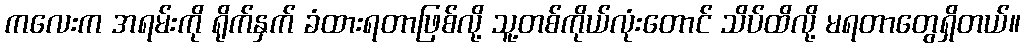
ကလေးက အရမ်းကို ရိုက်နှက် ခံထားရတာဖြစ်လို့ သူ့တစ်ကိုယ်လုံးတောင် သိပ်ထိလို့ မရတာတွေရှိတယ်။